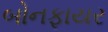
બોનફાયર